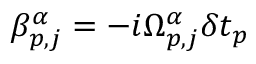
\beta _ { p , j } ^ { \alpha } = - i \Omega _ { p , j } ^ { \alpha } \delta t _ { p }